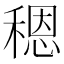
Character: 䅰